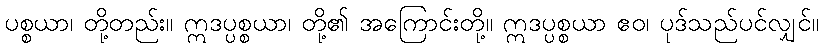
ပစ္စယာ၊ တို့တည်း။ ဣဒပ္ပစ္စယာ၊ တို့၏ အကြောင်းတို့။ ဣဒပ္ပစ္စယာ ဧဝ၊ ပုဒ်သည်ပင်လျှင်။